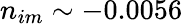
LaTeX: n_{im}\sim-0.0056